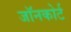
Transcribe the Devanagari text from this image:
जॉनकोर्ट